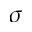
\sigma